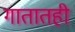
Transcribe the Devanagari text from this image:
गातातही